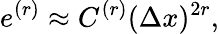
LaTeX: e^{(r)}\approx C^{(r)}(\Delta x)^{2r},